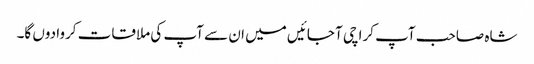
شاہ صاحب آپ کراچی آ جائیں میں ان سے آپ کی ملاقات کروا دوں گا۔